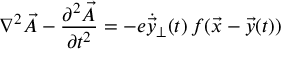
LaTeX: \nabla ^ { 2 } \vec { A } - { \frac { \partial ^ { 2 } \vec { A } } { \partial t ^ { 2 } } } = - e \dot { \vec { y } } _ { \perp } ( t ) \, f ( \vec { x } - \vec { y } ( t ) )